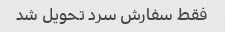
فقط سفارش سرد تحویل شد